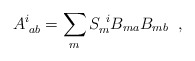
\begin{align*}A^{i}_{\;ab}= \sum_m S^{~i}_{m} B_{ma} B_{mb} \;\; ,\end{align*}